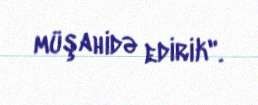
müşahidə edirik".